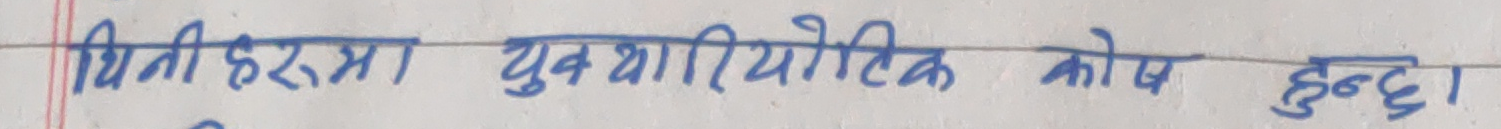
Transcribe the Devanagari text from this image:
धिमीहरुमा युकार्योटिक कोष हुन्छ।